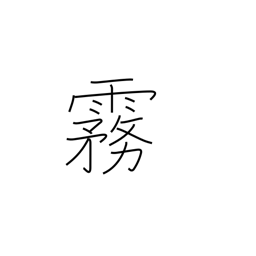
Meaning: mist